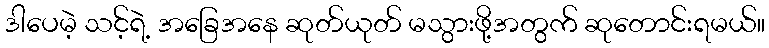
ဒါပေမဲ့ သင့်ရဲ့ အခြေအနေ ဆုတ်ယုတ် မသွားဖို့အတွက် ဆုတောင်းရမယ်။